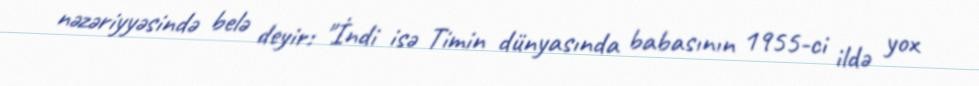
nəzəriyyəsində belə deyir: "İndi isə Timin dünyasında babasının 1955-ci ildə yox